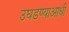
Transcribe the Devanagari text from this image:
उघडण्याआधी